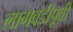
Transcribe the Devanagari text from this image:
लागवडीपूर्वी